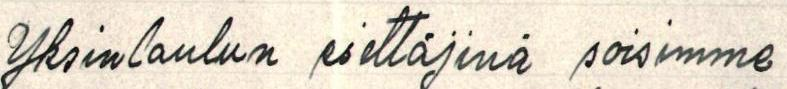
Yksinlaulun esittäjinä voisimme